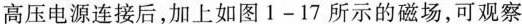
高压电源连接后，加上如图1-17所示的磁场，可观察